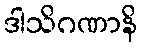
ဒါသိဂဏာနိ